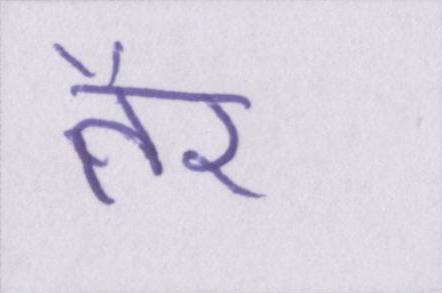
तैर